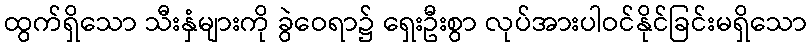
ထွက်ရှိသော သီးနှံများကို ခွဲဝေရာ၌ ရှေးဦးစွာ လုပ်အားပါဝင်နိုင်ခြင်းမရှိသော